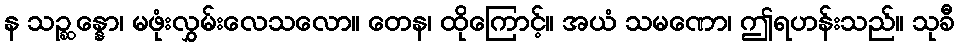
န သဉ္ဆန္နော၊ မဖုံးလွှမ်းလေသလော။ တေန၊ ထိုကြောင့်။ အယံ သမဏော၊ ဤရဟန်းသည်။ သုခီ